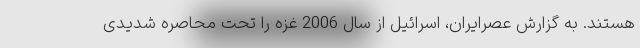
هستند. به گزارش عصرایران، اسرائیل از سال 2006 غزه را تحت محاصره شدیدی